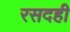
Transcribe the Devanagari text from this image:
रसदही